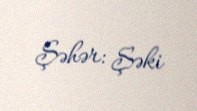
Şəhər: Şəki